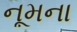
નૂમના